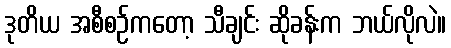
ဒုတိယ အစီစဉ်ကတော့ သီချင်း ဆိုခန်းက ဘယ်လိုလဲ။